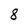
Character: 8